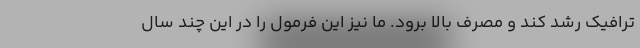
ترافیک رشد کند و مصرف بالا برود. ما نیز این فرمول را در این چند سال